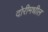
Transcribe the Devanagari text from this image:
दोरीमधील